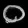
Digit: ၀